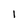
Character: l